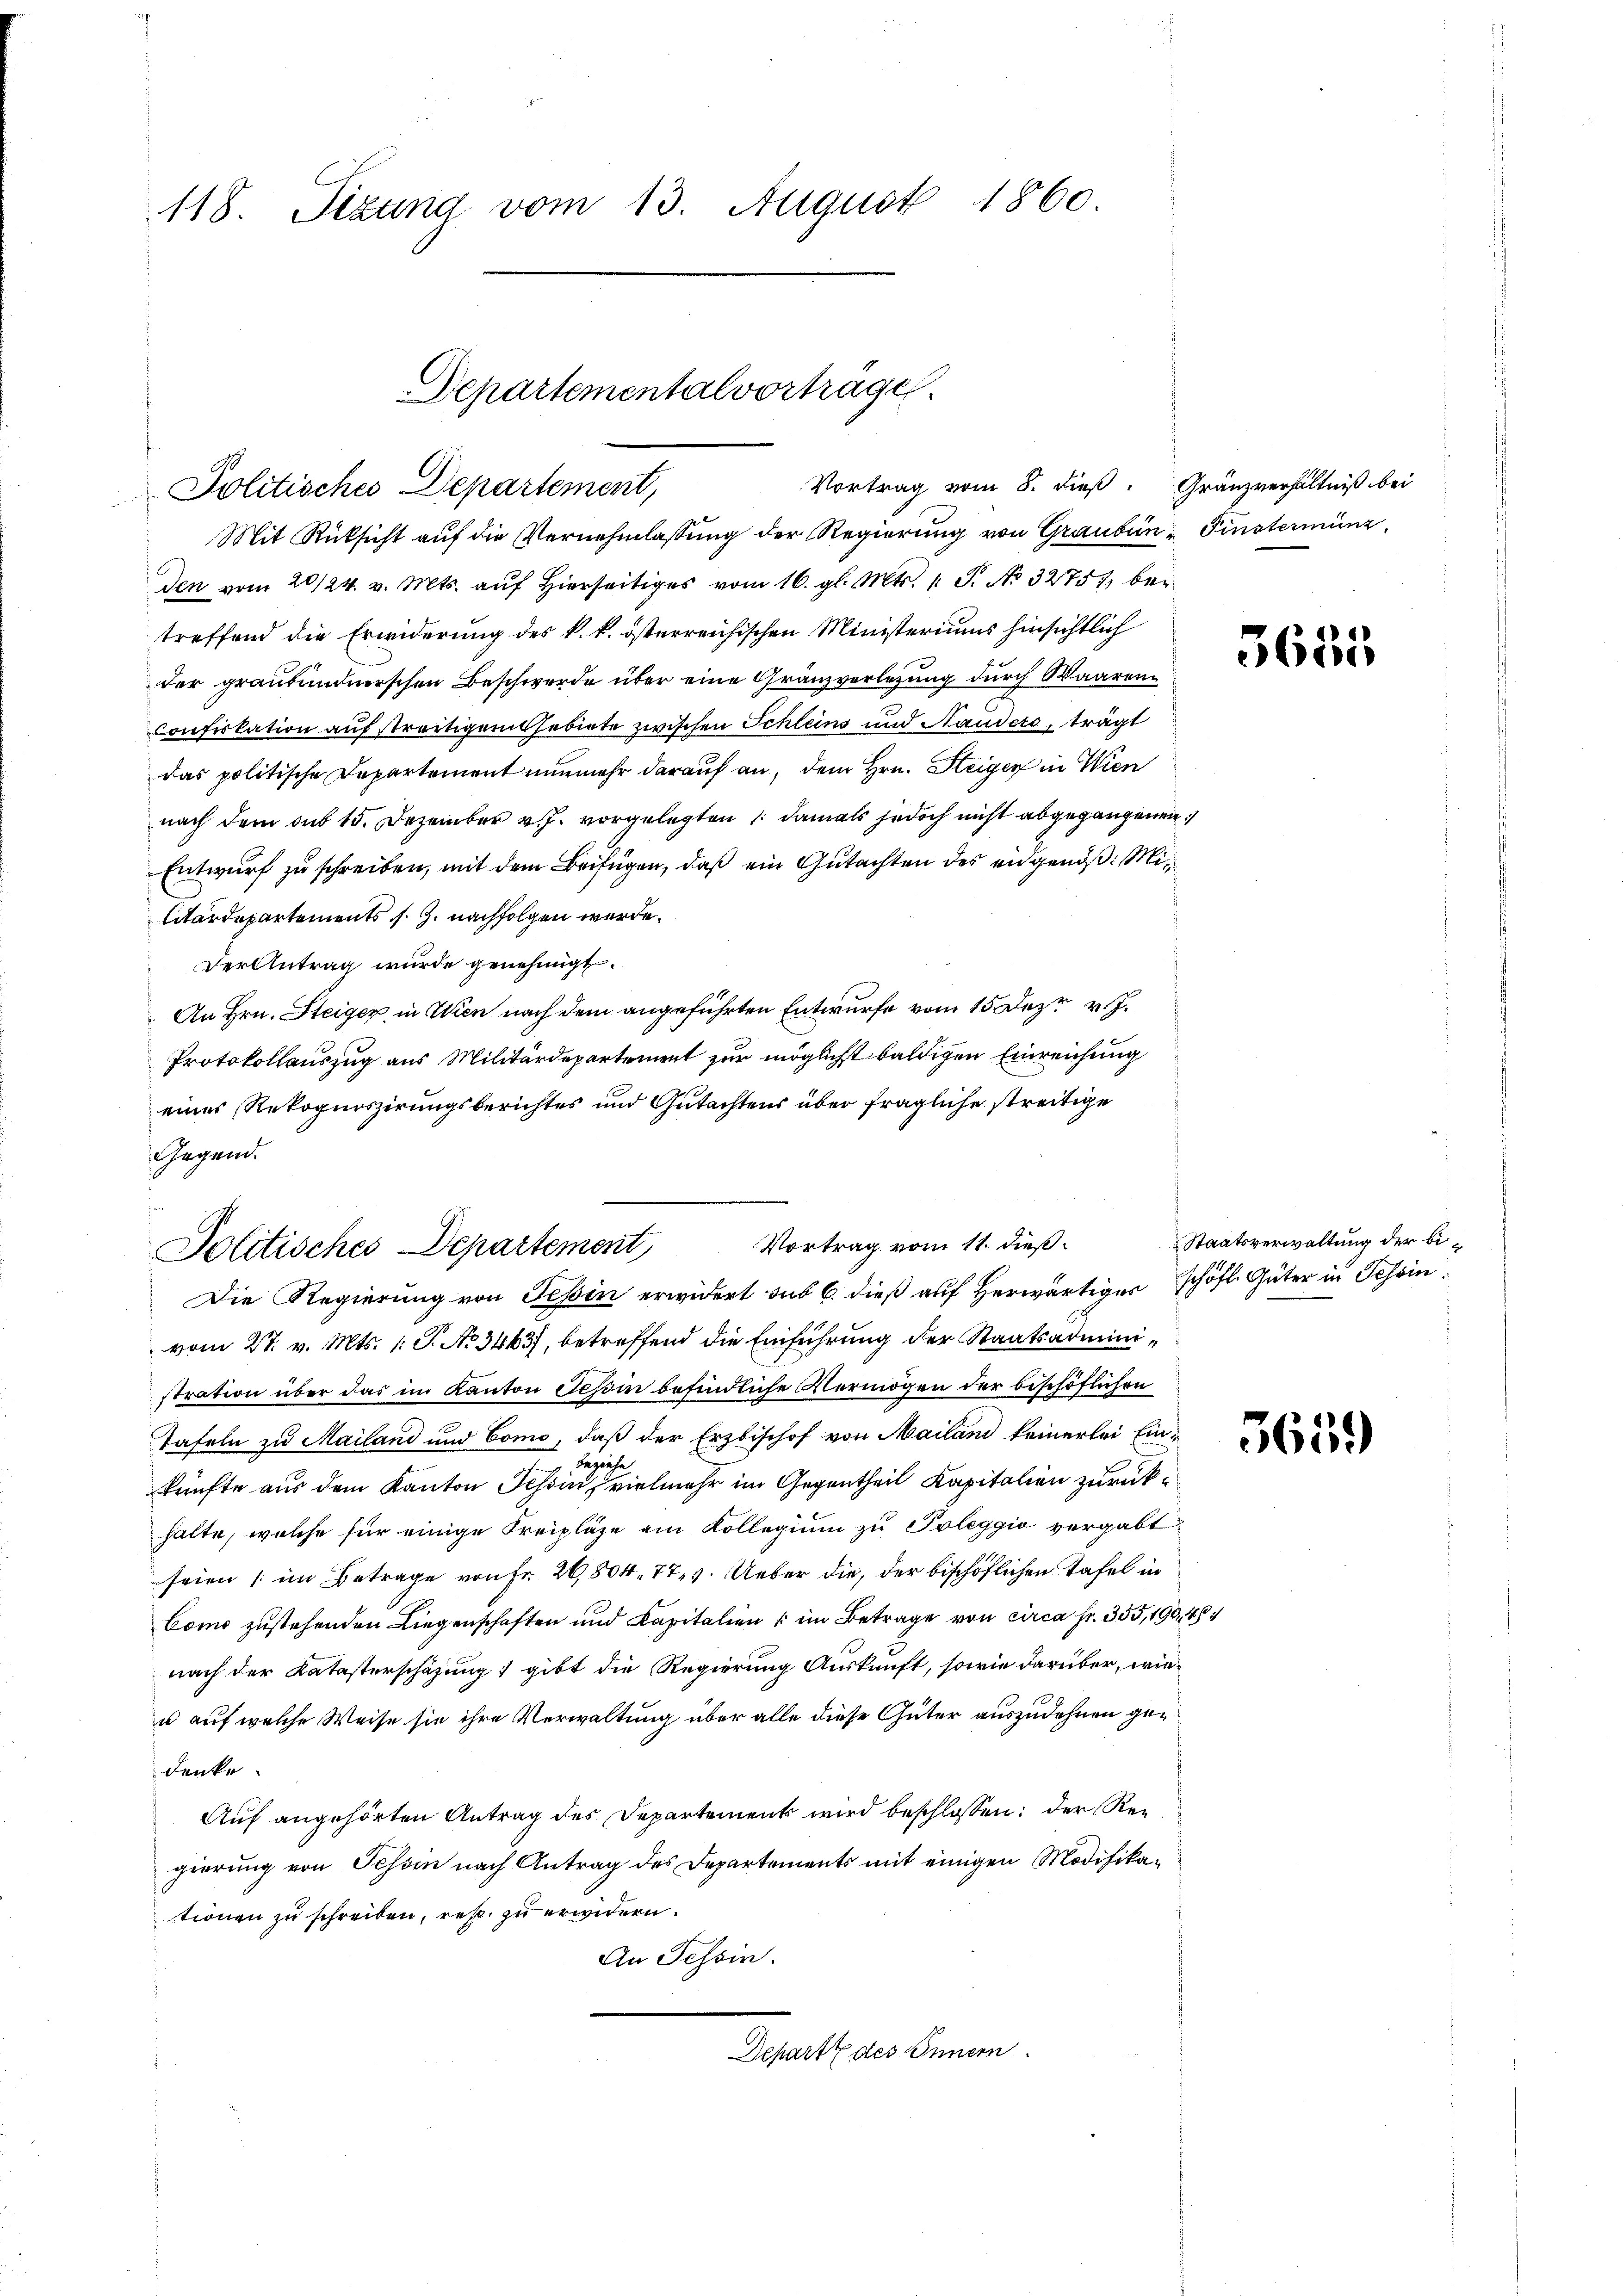
118. Sizung vom 13. August 1860.

Mit Rücksicht auf die Vernehmlassung der Regierung von Grauben Finsterminz
den vom 20/24. v. Mts. auf hierseits vom 16. gl. Mts. 1 S. No 32751 bei
treffend die Erwiderung des k. k. österreichischen Ministeriums hinsichtlich
der graubündnerschen Beschwerde über eine Gränzverlegung durch Waarenconfiskation auf streitigem Gebiete zwischen Schleins und Handers, trägt
das politische Departement nunmehr darauf an, dem Hrn. Steiger in Wien
nach dem sub 15. Dezember v. J. vorgelegten, damals jedoch nicht abgegangenen
Entwurf zu schreiben, mit dem Beifügen, daß ein Gutachten des eidgenöß: Militärdepartements s. g. nachfolgen werde.
Der Antrag wurde genehmigt.
An Hrn. Steiger, in Wien nach dem angeführten Entwurfe vom 15. Dez. v. J.
Protokollauszug aus Militärdepartement zur möglicht baldigen Einreichung
einer Rekognoszirungsberichtes und Gutachtens über fragliche streitige
Die Regierung von Tessin erwidert sub 6. dieß auf Herwärtiger schöfl. Güter in Schwinvom 27. v. Mts. 1. J. No 3463), betreffend die Einführung der Staatsadministration über das im Kanton Tessin befindliche Vermögen der beschöflichen
Tafeln zu Mailand und Como, daß der Erzbischof von Mailand keinerlei Ein¬
Beziehe
künfte aus dem Kanton Schon vielmehr im Gegentheil Kapitalien zurückhalte, welche für einige Freipläge am Kollegium zu Poleggio vergabt
seien (im Betrage von Fr. 20,804. 77. Ueber die, der bischöflichen Tafel in
Como zustehenden Liegenschaften und Kapitalien (im Betrage von circa Fr. 355,190, 454
nach der Katasterschäzung gibt die Regierung Auskunft, sowie darüber, wie¬
u auf welche Weise sie ihre Verwaltung über alle diese Güter auszudehnen gedenke.
Auf angehörten Antrag des Departement wird beschlossen: der Regierung von Tessin nach Antrag des Departements mit einigen Modifikationen zu schreiben, resp. zu erwidern.
An Tessin.
Dchart des Innen.

Gegend.
Jolitisches Departement, Vortrag vom 11. dieß

Departementalvorträge.
Vortrag vom 8. dieß. Gränzverhältniß bei
Politisches Departement,

3655

Staatsverwaltung der bi¬

5659)